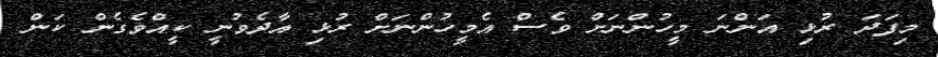
މިފަދަ ރުޅި އަންނަ މީހުންނަށް ވެސް އެމީހުންނަށް ރުޅި އާދެވުނީ ކީއްވެގެން ކަން